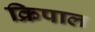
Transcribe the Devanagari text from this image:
क्रिपाल